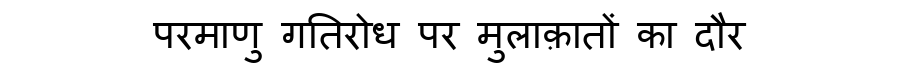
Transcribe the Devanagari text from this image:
परमाणु गतिरोध पर मुलाक़ातों का दौर